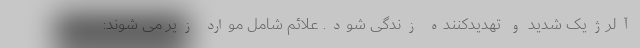
آلرژیک شدید و تهدیدکننده زندگی شود. علائم شامل موارد زیر می شوند: